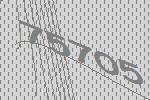
75705